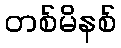
တစ်မိနစ်